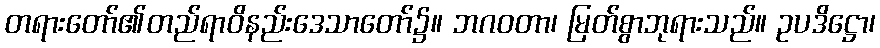
တရားတော်၏တည်ရာဝိနည်းဒေသာတော်၌။ ဘဂဝတာ၊ မြတ်စွာဘုရားသည်။ ဥပဒိဋ္ဌော၊